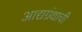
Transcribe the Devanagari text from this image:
आद्यग्रंथाची